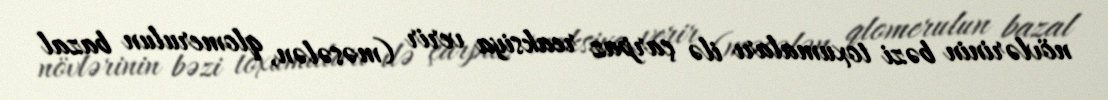
növlərinin bəzi toxumaları ilə çarpaz reaksiya verir (məsələn, qlomerulun bazal